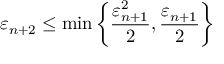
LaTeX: \varepsilon _ { n + 2 } \leq \operatorname* { m i n } \left\{ { \frac { \varepsilon _ { n + 1 } ^ { 2 } } { 2 } } , { \frac { \varepsilon _ { n + 1 } } { 2 } } \right\}